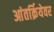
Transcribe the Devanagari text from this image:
आंतर्क्रियेवर